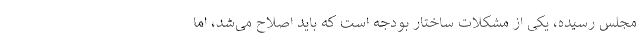
مجلس رسیده، یکی از مشکلات ساختار بودجه است که باید اصلاح می‌شد، اما